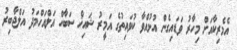
އެމެރިކާއަށް މިހާރު ވަޑައިގެން އުޅުއްވާ ކުވައިތުގެ އަމީރު ޝައިޚް ސަބާހް އަލްއަހްމަދު އަލްޖާބިރު